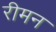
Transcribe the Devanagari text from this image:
रीमन